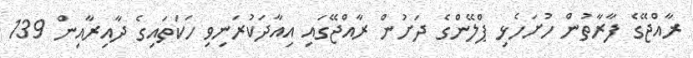
ރާއްޖޭގެ ފާރާތުން ހުށަހެޅި ޕްލޭންގެ ދަށުން ރާއްޖޭގައި އިއާދަކުރަނިވި ހަކަތައިގެ ދާއިރާއިން 139